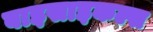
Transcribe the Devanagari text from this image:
बाइसाइकल्स